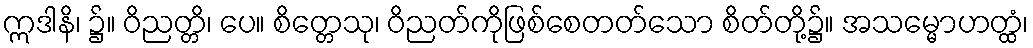
ဣဒါနိ၊ ၌။ ဝိညတ္တိ၊ ပေ။ စိတ္တေသု၊ ဝိညတ်ကိုဖြစ်စေတတ်သော စိတ်တို့၌။ အသမ္မောဟတ္ထံ၊